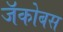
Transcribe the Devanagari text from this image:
जॅकोबस